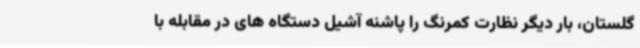
گلستان، بار دیگر نظارت کمرنگ را پاشنه آشیل دستگاه های در مقابله با